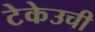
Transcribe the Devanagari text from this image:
टेकेउची